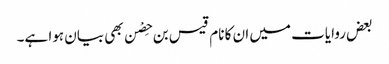
بعض روایات میں ان کا نام قیس بن حِصْن بھی بیان ہوا ہے۔